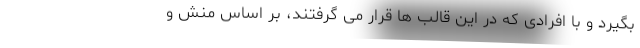
بگیرد و با افرادی که در این قالب ها قرار می گرفتند، بر اساس منش و